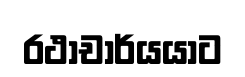
රථාචාර්යයාට